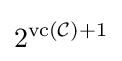
2^{\operatorname {vc} ({\mathcal {C}})+1}